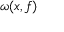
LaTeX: \omega ( x , f )